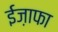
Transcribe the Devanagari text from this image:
ईज़ाफा